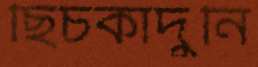
ছিঁচকাঁদুনি